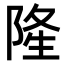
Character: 𨺓